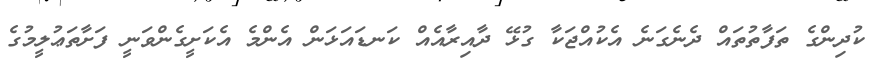
ކުދިންގެ ތަފާތުތައް ދެނެގަނެ އެކުއްޖަކާ ގުޅޭ ދާއިރާއެއް ކަނޑައަޅަން އެންމެ އެކަށީގެންވަނީ ފަށާތަޢުލީމުގެ